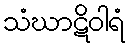
သံဃာဋိဝါရံ